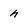
Character: h